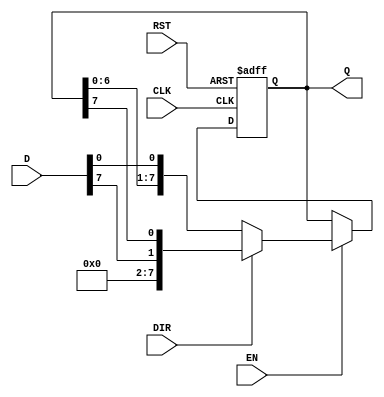
module shift_register #(
    parameter N = 8 // Define the size of the shift register (number of bits)
) (
    input wire [N-1:0] D,      // Input data
    input wire CLK,             // Clock signal
    input wire RST,             // Asynchronous reset
    input wire EN,              // Enable signal
    input wire DIR,             // Shift direction: 0 for left, 1 for right
    output reg [N-1:0] Q        // Output data
);

    // Always block for the shift register operation
    always @(posedge CLK or posedge RST) begin
        if (RST) begin
            Q <= 0; // Clear the register on reset
        end else if (EN) begin
            if (DIR) begin
                // Right shift
                Q <= {D[N-1], Q[N-1:N-1]}; // Shift right and insert new data
            end else begin
                // Left shift
                Q <= {Q[N-2:0], D[0]}; // Shift left and insert new data
            end
        end
    end

endmodule